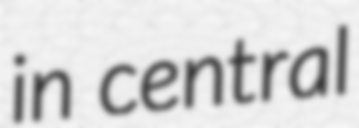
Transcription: in central